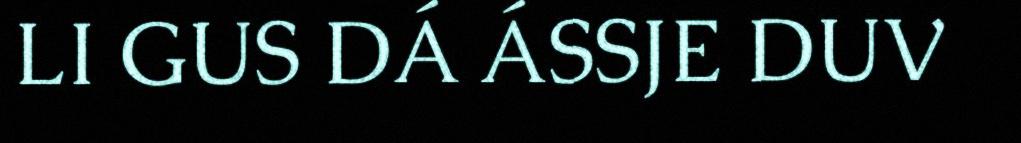
LI GUS DÁ ÁSSJE DUV